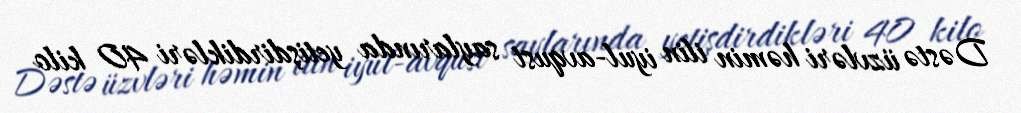
Dəstə üzvləri həmin ilin iyul-avqust saylarında yetişdirdikləri 40 kilo